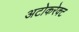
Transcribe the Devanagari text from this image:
अटोकरेक्ट